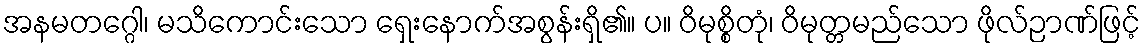
အနမတဂ္ဂေါ၊ မသိကောင်းသော ရှေးနောက်အစွန်းရှိ၏။ ပ။ ဝိမုစ္စိတုံ၊ ဝိမုတ္တမည်သော ဖိုလ်ဉာဏ်ဖြင့်